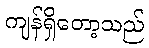
ကျန်ရှိတော့သည်